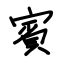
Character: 賓